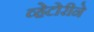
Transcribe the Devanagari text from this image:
व्हेटोरीने